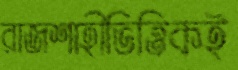
রাজশাহীভিত্তিকই